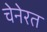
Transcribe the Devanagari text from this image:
चेनेरत